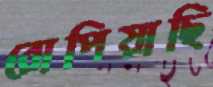
রোপিয়াছি